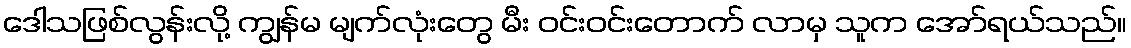
ဒေါသဖြစ်လွန်းလို့ ကျွန်မ မျက်လုံးတွေ မီး ဝင်းဝင်းတောက် လာမှ သူက အော်ရယ်သည်။